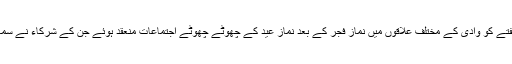
موصولہ اطلاعات کے مطابق ہفتے کو وادی کے مختلف علاقوں میں نماز فجر کے بعد نماز عید کے چھوٹے چھوٹے اجتماعات منعقد ہوئے جن کے شرکاء نے سماجی دوری کا خاصا خیال رکھا۔